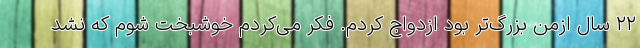
۲۲ سال ازمن بزرگ‌تر بود ازدواج کردم. فکر می‌کردم خوشبخت شوم که نشد